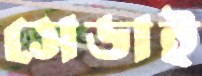
সেডাই